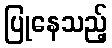
ပြုနေသည့်